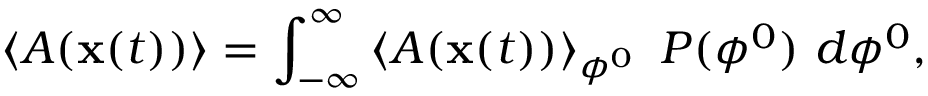
\left\langle A ( \mathbf { x } ( t ) ) \right\rangle = \int _ { - \infty } ^ { \infty } \left\langle A ( \mathbf { x } ( t ) ) \right\rangle _ { \phi ^ { 0 } } \ P ( \phi ^ { 0 } ) ~ d \phi ^ { 0 } ,